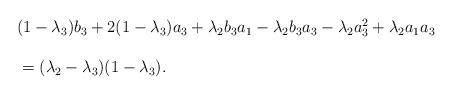
LaTeX: \begin{align*} \begin{array}{lll}&& \noindent (1-\lambda_3)b_3+2(1-\lambda_3)a_3+\lambda_2b_3a_1-\lambda_2b_3a_3-\lambda_2a_3^2+\lambda_2a_1a_3\ \\\\&&\ =(\lambda_2-\lambda_3)(1-\lambda_3).\end{array}\end{align*}